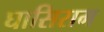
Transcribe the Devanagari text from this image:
घासिराम